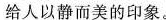
给人以静而美的印象。